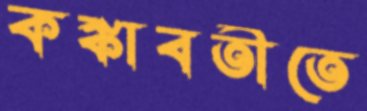
কঙ্কাবতীতে